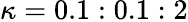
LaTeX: \kappa=0.1:0.1:2